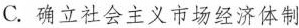
C.确立社会主义市场经济体制